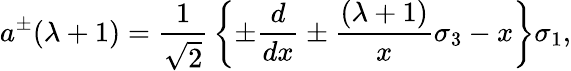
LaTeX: a^{\pm}(\lambda+1)={\frac{1}{\sqrt{2}}}\left\{ \pm{\frac{d}{dx}}\pm{\frac{(\lambda+1)}{x}}\sigma_{3}-x\right\} \sigma_{1},